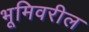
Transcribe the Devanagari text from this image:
भूमिवरील